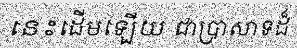
នេះដើមឡើយ ជាប្រាសាទដ៏